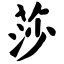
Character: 莎